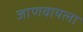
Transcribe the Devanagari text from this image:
जाणवायला